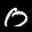
Label: 0